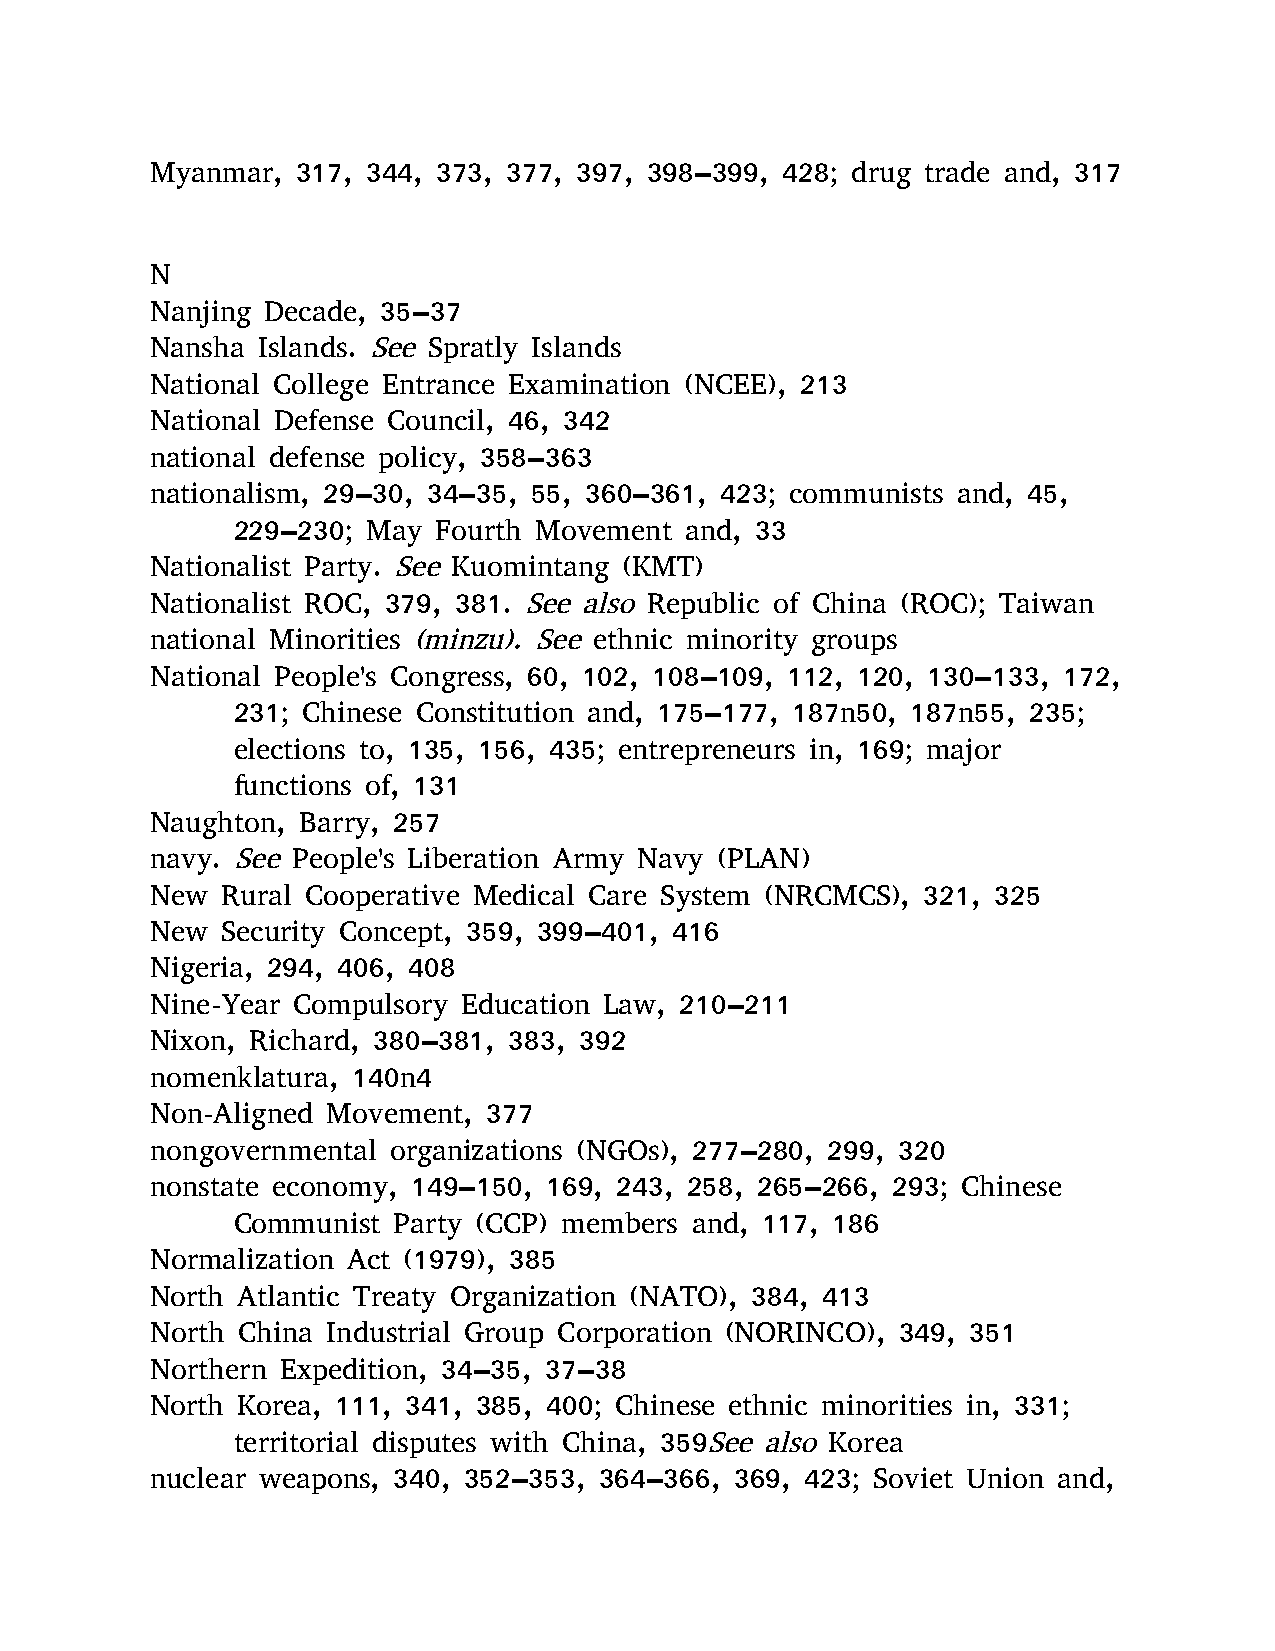
Myanmar,  317, 344, 373, 377, 397, 398–399, 428; drug trade and, 317
 N
 Nanjing Decade, 35–37
 Nansha Islands. See Spratly Islands
 National College Entrance Examination (NCEE), 213
 National Defense Council, 46, 342
 national defense policy, 358–363
 nationalism, 29–30, 34–35, 55, 360–361, 423; communists and, 45,
 229–230; May  Fourth Movement and, 33
 Nationalist Party. See Kuomintang (KMT)
 Nationalist ROC, 379, 381. See also Republic of China (ROC); Taiwan
 national Minorities (minzu). See ethnic minority groups
 National People's Congress, 60, 102, 108–109, 112, 120, 130–133, 172,
 231; Chinese Constitution and, 175–177, 187n50, 187n55, 235;
 elections to, 135, 156, 435; entrepreneurs in, 169; major
 functions of, 131
 Naughton, Barry, 257
 navy. See People's Liberation Army Navy (PLAN)
 New  Rural Cooperative Medical Care System (NRCMCS), 321, 325
 New  Security Concept, 359, 399–401, 416
 Nigeria, 294, 406, 408
 Nine-Year Compulsory Education Law, 210–211
 Nixon, Richard, 380–381, 383, 392
 nomenklatura, 140n4
 Non-Aligned Movement, 377
 nongovernmental organizations (NGOs), 277–280, 299, 320
 nonstate economy, 149–150, 169, 243, 258, 265–266, 293; Chinese
 Communist  Party (CCP) members and, 117, 186
 Normalization Act (1979), 385
 North Atlantic Treaty Organization (NATO), 384, 413
 North China Industrial Group Corporation (NORINCO), 349, 351
 Northern Expedition, 34–35, 37–38
 North Korea, 111, 341, 385, 400; Chinese ethnic minorities in, 331;
 territorial disputes with China, 359See also Korea
 nuclear weapons, 340, 352–353, 364–366, 369, 423; Soviet Union and,